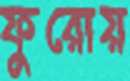
ফুরোয়